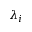
\lambda _ { i }